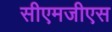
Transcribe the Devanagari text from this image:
सीएमजीएस